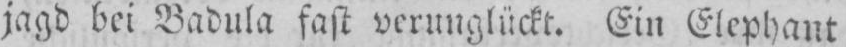
jagd bei Badula fast verunglückt. Ein Elephant